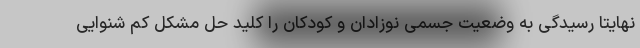
نهایتا رسیدگی به وضعیت جسمی نوزادان و کودکان را کلید حل مشکل کم شنوایی